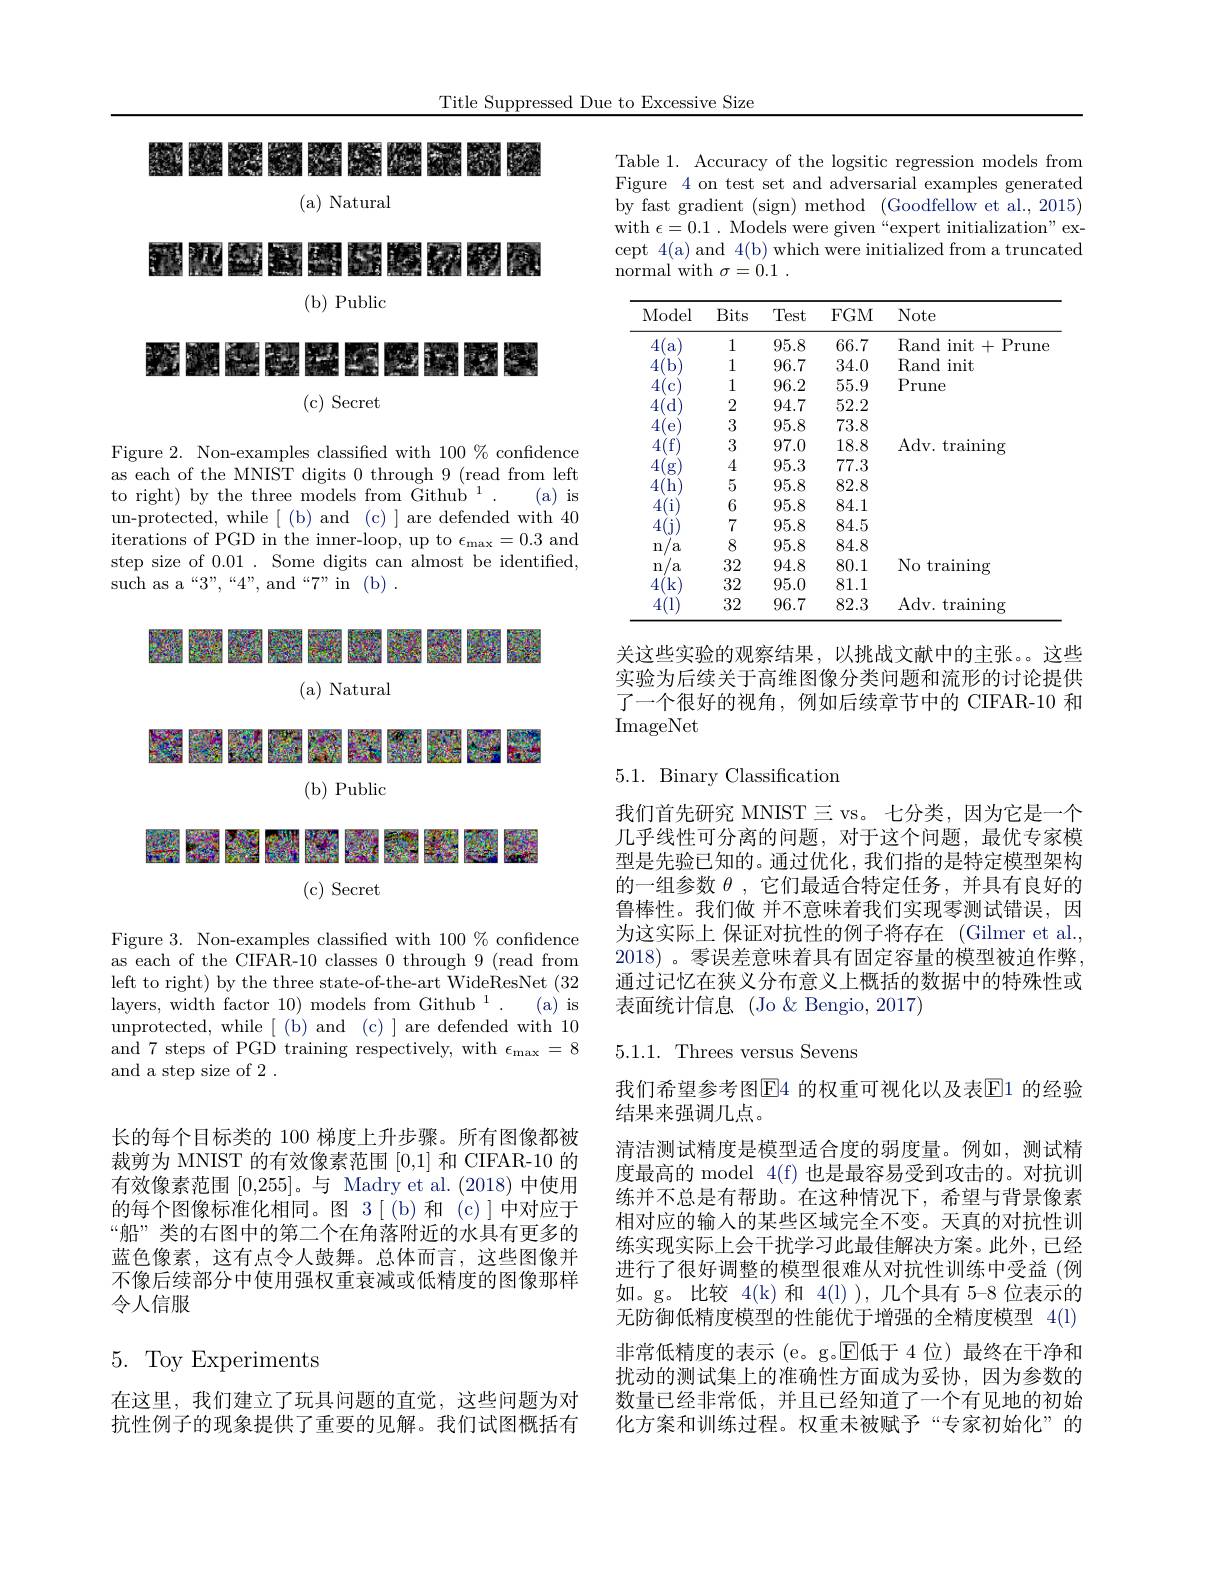
Title Suppressed Due to Excessive Size

长的每个目标类的 100 梯度上升步骤。所有图像都被裁剪为 MNIST 的有效像素范围[0,1]和 CIFAR-10 的有效像素范围[0,255]。与 Madry et al.(2018) 的每个图像标准化相同。图 3[(b)和(c)]中对应于“船”类的右图中的第二个在角落附近的水具有更多的蓝色像素，这有点令人鼓舞。总体而言，这些图像并不像后续部分中使用强权重衰减或低精度的图像那样令人信服

5.Toy Experiments

在这里，我们建立了玩具问题的直觉，这些问题为对抗性例子的现象提供了重要的见解。我们试图概括有

國國國國際聯聯聯聯

(a) Natural

不限限公路路路路路积积成

( b) Public

# 沙湖南南县经网络权保

(c) Secret

Figure 2. Non-examples classified with $100\%$ confidence as each of the MNIST digits 0 through 9 (read from left to right) by the three models from Git
(a) is
un-protected, while[(b)and(c)] are defended with 40 iterations of PGD in the inner-loop, u step size of 0.01. Some digits can almost be identified, such as a“3”,“4”,“and“7”in(b).

爾爾爾爾爾爾爾爾爾爾爾爾

(a) Natural

# 10000000000

( b) Public

# 黑粉酸酸酸酸酸酸酸酸酸

( c) Secret

Figure 3. Non-examples classified with $100\%$ confidence as each of the CIFAR-10 classes 0 thro left to right) by the three state-of-the-art WideResNet (32 layers, width factor 10) models from G
(a) is
unprotected, while[(b)and(c)]are defended with 10 and 7 steps of PGD training respectively, with $\epsilon_\mathrm{max}=8$ and a step size of 2 .

Table 1. Accuracy of the logsitic regr Figure 4 on test set and adversarial e by fast gradient (sign) method (Goodfe with $\epsilon = 0. 1$ . Models were given“expert initialization”except 4(a) and 4(b) which were initialized from a truncated normal with $\sigma = 0. 1$ .

<table>
	<tbody>
		<tr>
			<th>Model</th>
			<th>Bits</th>
			<th>Test</th>
			<th>$FGM$</th>
			<th>Note</th>
		</tr>
		<tr>
			<td>4( a</td>
			<td>1</td>
			<td>95.8</td>
			<td>66.7</td>
			<td>Rand init+ -1 Prune</td>
		</tr>
		<tr>
			<td>4(1)</td>
			<td>1</td>
			<td>96.7</td>
			<td>34.0</td>
			<td>Rand init</td>
		</tr>
		<tr>
			<td>4(</td>
			<td>1</td>
			<td>96.2</td>
			<td>55.9</td>
			<td>Prune</td>
		</tr>
		<tr>
			<td>4(d</td>
			<td>2</td>
			<td>94.7</td>
			<td>52.2</td>
			<td> </td>
		</tr>
		<tr>
			<td>$4t$</td>
			<td>3</td>
			<td>95.8</td>
			<td>73.8</td>
			<td> </td>
		</tr>
		<tr>
			<td>4(f</td>
			<td>3</td>
			<td>97.0</td>
			<td>18.8</td>
			<td>Adv. training</td>
		</tr>
		<tr>
			<td>4</td>
			<td>4</td>
			<td>95.3</td>
			<td>77.3</td>
			<td> </td>
		</tr>
		<tr>
			<td>4(h</td>
			<td>5</td>
			<td>95.8</td>
			<td>82.8</td>
			<td> </td>
		</tr>
		<tr>
			<td>4(i</td>
			<td>6</td>
			<td>95.8</td>
			<td>84.1</td>
			<td> </td>
		</tr>
		<tr>
			<td>4</td>
			<td>7</td>
			<td>95.8</td>
			<td>84.5</td>
			<td> </td>
		</tr>
		<tr>
			<td>$m$ a</td>
			<td>8</td>
			<td>95.8</td>
			<td>84.8</td>
			<td> </td>
		</tr>
		<tr>
			<td>n $a$</td>
			<td>32</td>
			<td>94.8</td>
			<td>80.1</td>
			<td>$N01$ training</td>
		</tr>
		<tr>
			<td>4(k</td>
			<td>32</td>
			<td>95.0</td>
			<td>81.1</td>
			<td> </td>
		</tr>
		<tr>
			<td>4(1</td>
			<td>32</td>
			<td>96.7</td>
			<td>82.3</td>
			<td>Adv. training</td>
		</tr>
	</tbody>
</table>

关这些实验的观察结果，以挑战文献中的主张。这些实验为后续关于高维图像分类问题和流形的讨论提供了一个很好的视角，例如后续章节中的 CIFAR-10 和ImageNet

# 5.1. Binary Classification

我们首先研究 MNIST 三 vs。七分类，因为它是一个几乎线性可分离的问题，对于这个问题，最优专家模型是先验已知的。通过优化，我们指的是特定模型架构的一组参数$\theta$,它们最适合特定任务，并具有良好的鲁棒性。我们做 并不意味着我们实现零测试错误，因为这实际上 保证对抗性的例子将存在 (Gilmer et al., 2018)。零误差意味着具有固定容量的模型被迫作弊， 通过记忆在狭义分布意义上概括的数据中的特殊性或表面统计信息 (Jo & Bengio, 2017)

5.1.1. Threes versus Sevens

我们希望参考图$\overline{\mathrm{E}}$4 的权重可视化以及表$\overline{\mathrm{E}}$1 的经验
结果来强调几点。
清洁测试精度是模型适合度的弱度量。例如，测试精度最高的 model 4(f) 也是最容易受到攻击的。对抗训练并不总是有帮助。在这种情况下，希望与背景像素相对应的输入的某些区域完全不变。天真的对抗性训练实现实际上会干扰学习此最佳解决方案。此外，已经进行了很好调整的模型很难从对抗性训练中受益(例如。g。比较 4(k)和 4(l) ), 几个具有 5-8 位表示的无防御低精度模型的性能优于增强的全精度模型 4(l) 非常低精度的表示 (e。g.$\operatorname{E\text{低于 4位)最终在干净和}}$ 扰动的测试集上的准确性方面成为妥协，因为参数的数量已经非常低，并且已经知道了一个有见地的初始化方案和训练过程。权重未被赋予“专家初始化”的